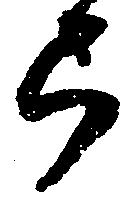
弓